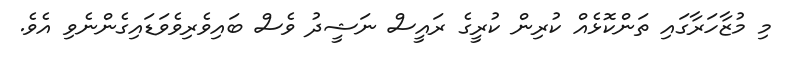
މި މުޒާހަރާގައި ތަންކޮޅެއް ކުރިން ކުރީގެ ރައީސް ނަޝީދު ވެސް ބައިވެރިވެވަޑައިގެންނެވި އެވެ.